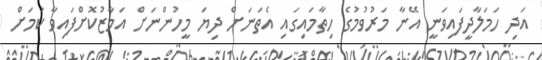
އަދި ހަމަލާދީފައިވަނީ އޭނާ މަރުވުމުގެ ހިތާމައިގައި އެތަނަށް ދިޔަ މީހުންނަށް އަމާޒުކޮށްފައިވާ ކަމަށް